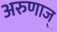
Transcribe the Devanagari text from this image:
अरुणाज्